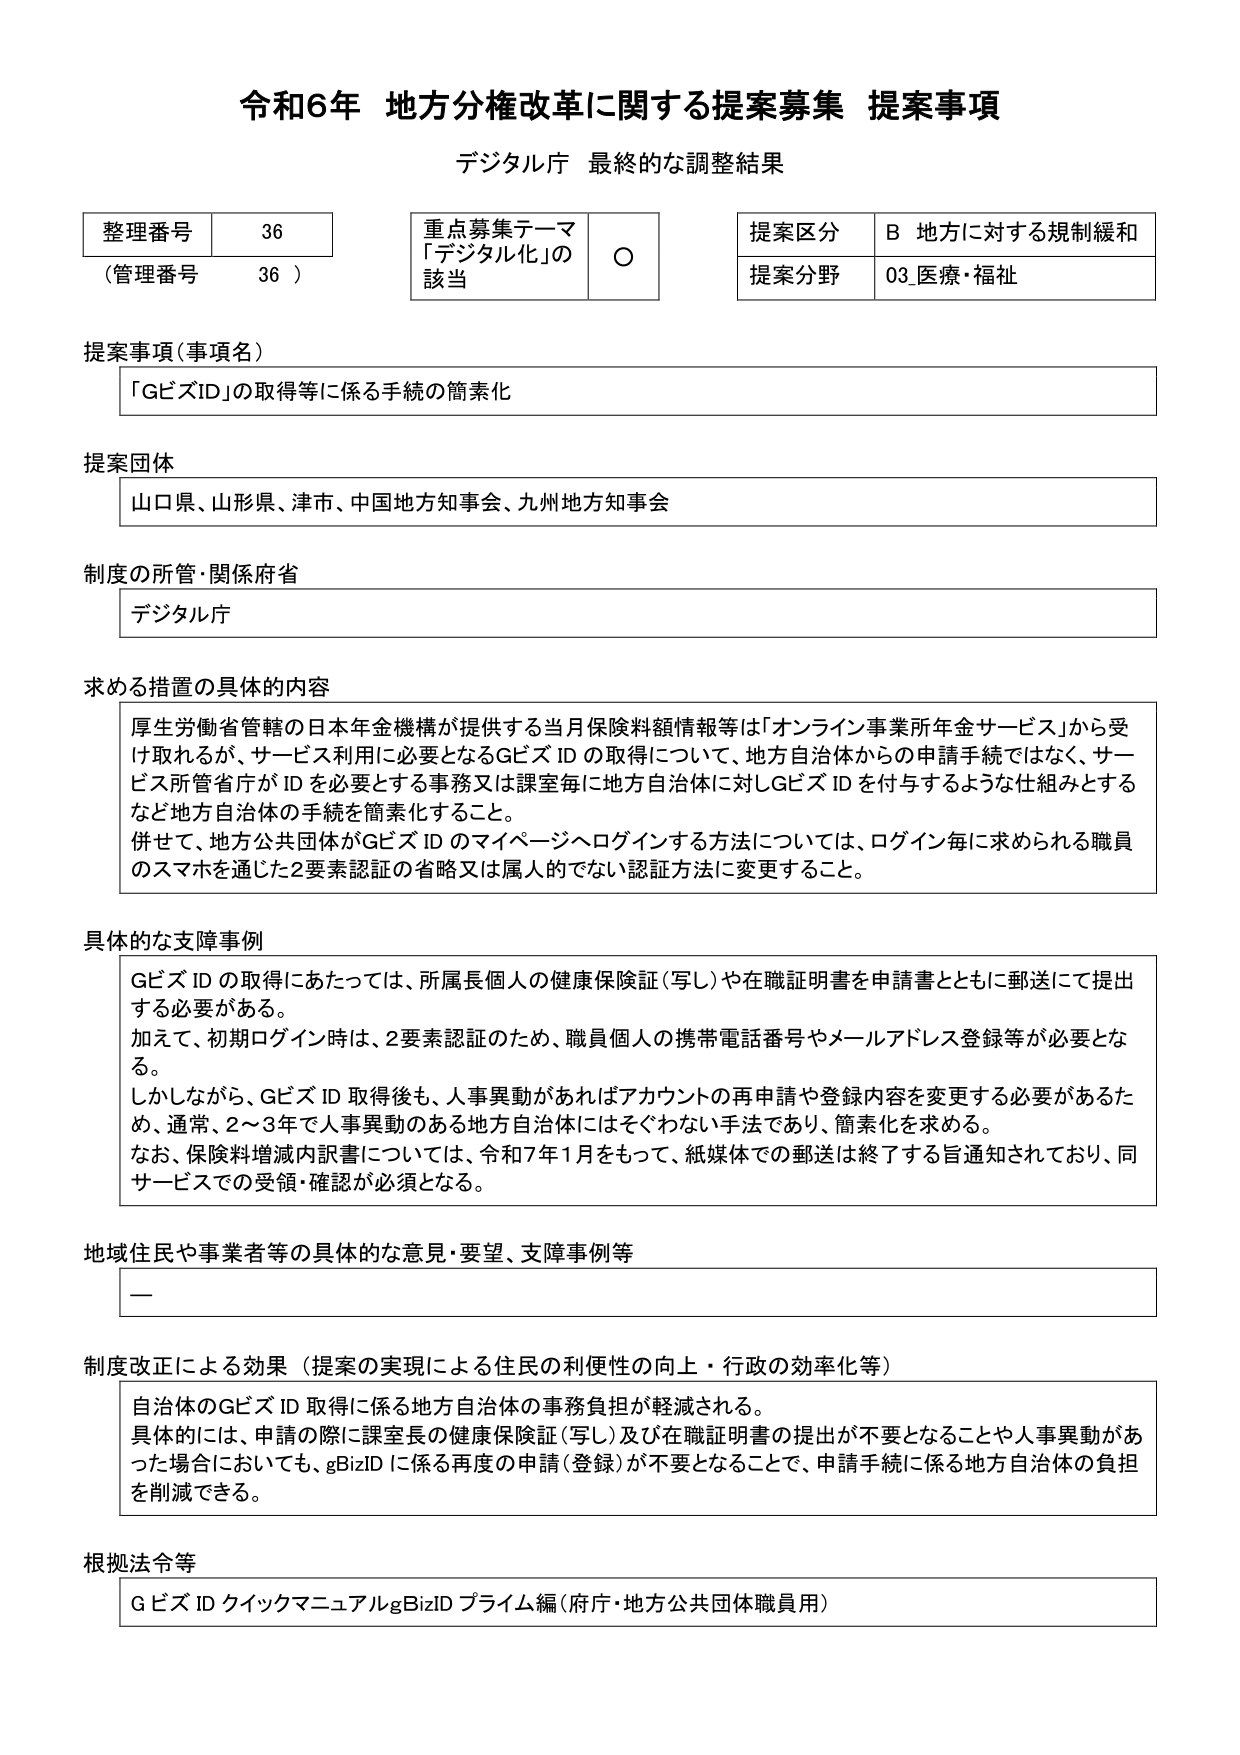
令和6年 地方分権改革に関する提案募集 提案事項
デジタル庁 最終的な調整結果

整理番号 36
（管理番号 36）

重点募集テーマ
「デジタル化」の該当 ○

提案区分 B 地方に対する規制緩和
提案分野 03 医療・福祉

提案事項（事項名）
「GビズID」の取得等に係る手続の簡素化

提案団体
山口県、山形県、津市、中国地方知事会、九州地方知事会

制度の所管・関係府省
デジタル庁

求める措置の具体的内容
厚生労働省管轄の日本年金機構が提供する当月保険料額情報等は「オンライン事業所年金サービス」から受け取れるが、サービス利用に必要となるGビズ ID の取得について、地方自治体からの申請手続ではなく、サービス所管省庁が ID を必要とする事務又は課室毎に地方自治体に対しGビズ ID を付与するような仕組みとするなど地方自治体の手続を簡素化すること。
併せて、地方公共団体がGビズ ID のマイページへログインする方法については、ログイン毎に求められる職員のスマホを通じた2要素認証の省略又は属人的でない認証方法に変更すること。

具体的な支障事例
Gビズ ID の取得にあたっては、所属長個人の健康保険証（写し）や在職証明書を申請書とともに郵送にて提出する必要がある。
加えて、初期ログイン時は、2要素認証のため、職員個人の携帯電話番号やメールアドレス登録等が必要となる。
しかしながら、Gビズ ID 取得後も、人事異動があればアカウントの再申請や登録内容を変更する必要があるため、通常、2～3年で人事異動のある地方自治体にはそぐわない手法であり、簡素化を求める。
なお、保険料増減内訳書については、令和7年1月をもって、紙媒体での郵送は終了する旨通知されており、同サービスでの受領・確認が必須となる。

地域住民や事業者等の具体的な意見・要望、支障事例等
ー

制度改正による効果（提案の実現による住民の利便性の向上・行政の効率化等）
自治体のGビズ ID 取得に係る地方自治体の事務負担が軽減される。
具体的には、申請の際に課室長の健康保険証（写し）及び在職証明書の提出が不要となることや人事異動があった場合においても、gBizID に係る再度の申請（登録）が不要となることで、申請手続に係る地方自治体の負担を削減できる。

根拠法令等
Gビズ ID クイックマニュアルgBizID プライム編（府庁・地方公共団体職員用）